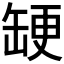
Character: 𮉳